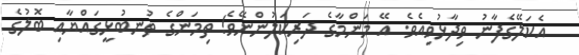
އެކަލޭގެފާނު ވިދާޅުވިއެވެ. އޭ މަންމާގެ ދަރިކަލުންނޭވެ! ތިމަންގެ ތުނބުޅީގައްޔާއި ބޮލުގެ